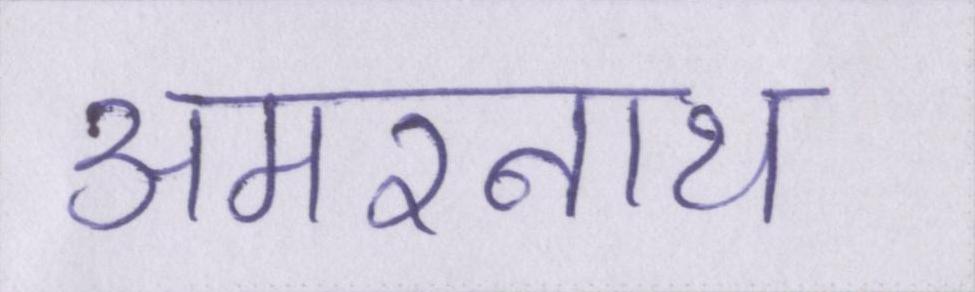
अमरनाथ